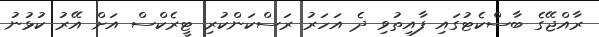
ރާއްޖޭގެ ބާސްކެޓުގައި ފާއިތުވި ދެ އަހަރު ރަސްކަންކުރި ޓީރެކްސް އަށް އޭރު ކުޅުނު